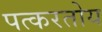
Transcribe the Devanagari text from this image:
पत्करतोय